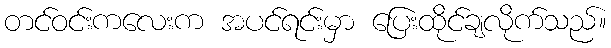
တင်ဝင်းကလေးက အပင်ရင်းမှာ ပြေးထိုင်ချလိုက်သည်။